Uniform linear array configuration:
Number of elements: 12
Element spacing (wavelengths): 0.25
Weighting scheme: hann
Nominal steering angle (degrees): -45
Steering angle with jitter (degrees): -46.011
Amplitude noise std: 0.05
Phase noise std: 0.05

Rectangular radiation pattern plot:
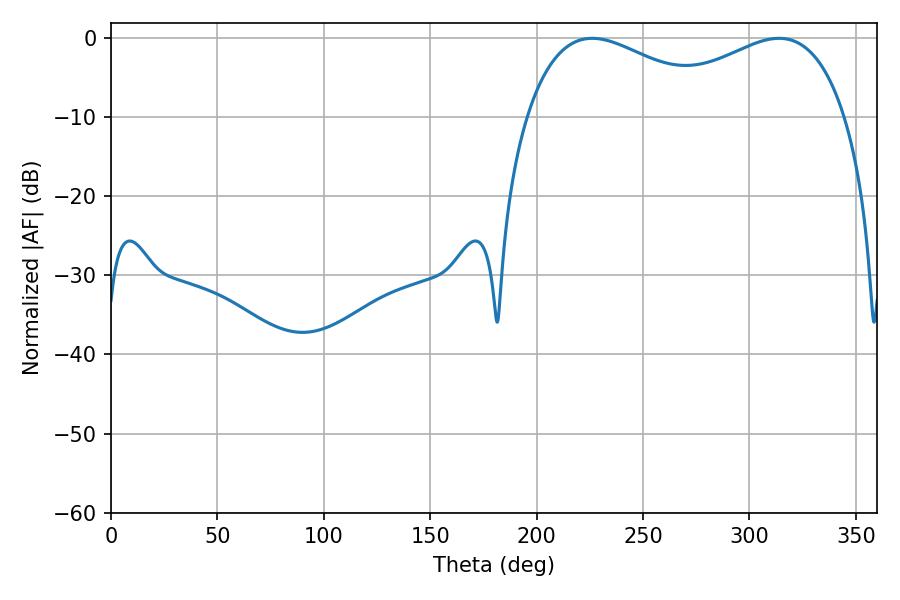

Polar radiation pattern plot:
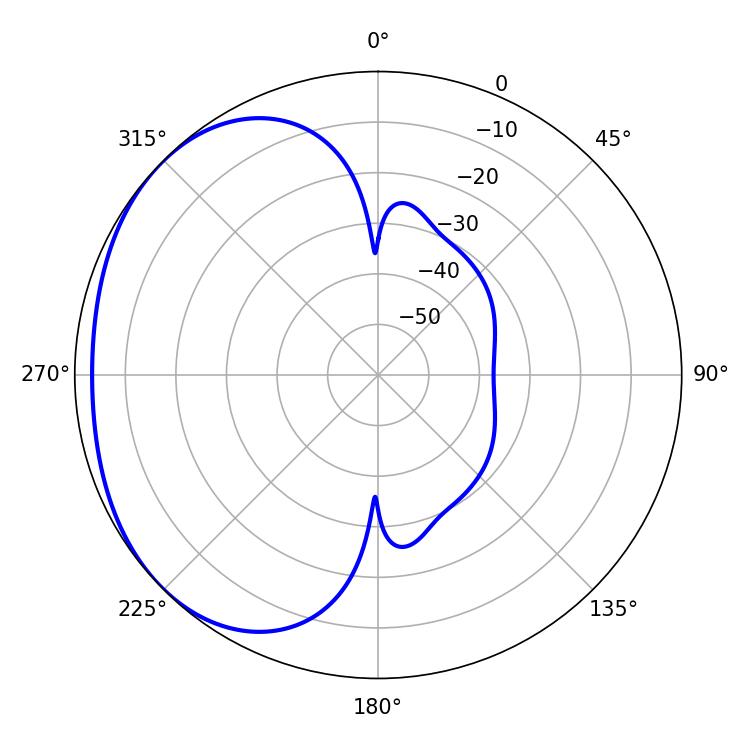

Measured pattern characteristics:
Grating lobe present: FALSE
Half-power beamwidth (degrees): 51.84
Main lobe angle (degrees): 226.08